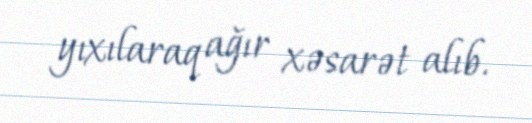
yıxılaraq ağır xəsarət alıb.